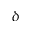
\delta